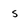
Character: s